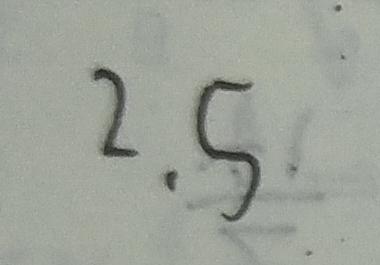
2 . 5